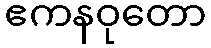
ဧကနဝုတော